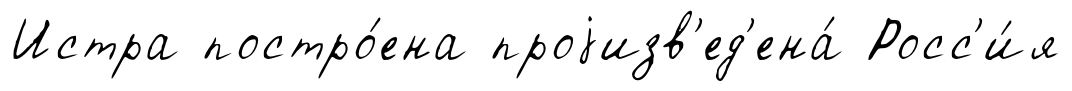
Истра постро́ена проjизв'ед'ена́ Росс'и́я